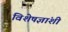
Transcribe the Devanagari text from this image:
विशेषज्ञांशी